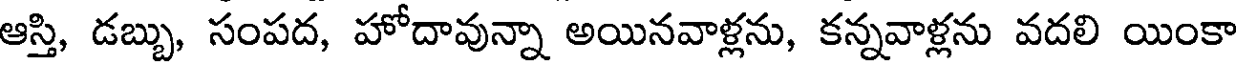
ఆస్తి, డబ్బు, సంపద, హోదావున్నా అయినవాళ్లను, కన్నవాళ్లను వదలి యింకా